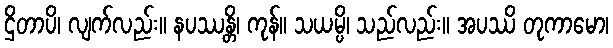
ဌိတာပိ၊ လျက်လည်း။ နပဿန္တိ၊ ကုန်။ သယမ္ပိ၊ သည်လည်း။ အပဿိ တုကာမော၊